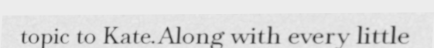
topic to Kate.Along with every little